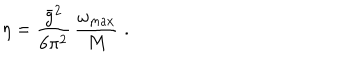
\eta = \frac { \bar { g } ^ { 2 } } { 6 \pi ^ { 2 } } \, \frac { \omega _ { \mathrm { m a x } } } { M } \; .